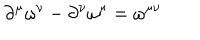
\partial ^ { \mu } \omega ^ { \nu } - \partial ^ { \nu } \omega ^ { \mu } = \omega ^ { \mu \nu }